Annual statistical returns and brief notes on vaccination in Bengal - 1887-1898
Year: 1887
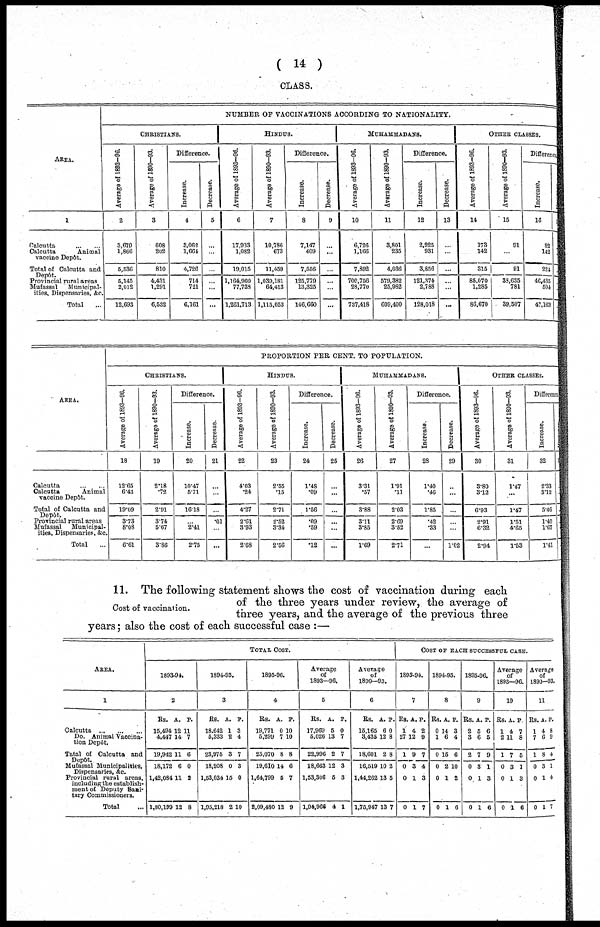
( 14 )
CLASS.
AREA.
1
Calcutta
...
...
Calcutta
Animal
vaccine Depôt.
Total of Calcutta and
Depôt.
Provincial rural areas
Mufassal
Municipal-
ities, Dispensaries, &c.
Total ...
NUMBER OF VACCINATIONS ACCORDING TO NATIONALITY.
CHRISTIANS.
Average of 1893-96.
2
3,670
1,866
5,536
5,145
2,012
12,693
Average of 1890—93.
3
608
202
810
4,431
1,291
6,532
Difference.
Increase.
4
3,062
1,664
4,726
714
721
6,161
Decrease.
5
...
...
...
...
...
...
HINDUS.
Average of 1893—96.
6
17,933
1,082
19,015
1,164,960
77,738
1,261,713
Average of 1890—93.
7
10,786
673
11,459
1,039,181
64,413
1,115,053
Difference.
Increase.
8
7,147
409
7,556
125,779
13,325
146,660
Decrease.
9
... ...
...
...
...
...
MUHAMMADANS.
Average of 1893—96.
10
6,726
1,166
7,892
700,756
28,770
737,418
Average of 1890—93.
11
3,801
235
4,036
579,382
25,982
609,400
Difference.
Increase.
12
2,925
931
3,856
121,374
2,788
128,018
Decrease.
13
...
...
...
...
...
...
OTHER CLASSES.
Average of 1893-96.
14
173
142
315
85,070
1,285
86,670
Average of 1890—93.
15
91
...
91
38,635
781
39,507
Difference
Increase.
16
83
142
224
46,435
504
47,163
AREA.
Calcutta
...
...
Calcutta
Animal
vaccine Depôt.
Total of Calcutta and
Depôt.
Provincial rural areas
Mufassal
Municipal-
ities, Dispensaries, &c.
Total
...
PROPORTION PER CENT. TO POPULATION.
CHRISTIANS.
Average of 1893—96.
18
12.65
6.43
19.09
3.73
8.08
6.61
Average of 1890—93.
19
2.18
.72
2.91
3.74
5.67
3.86
Difference.
Increase.
20
10.47
5.71
16.18
...
2.41
2.75
Decrease.
21
...
...
...
.01
...
...
HINDUS.
Average of 1893-96.
22
4.03
.24
4.27
2.61
3.93
2.68
Average of 1890—93.
23
2.55
.15
2.71
2.52
3.34
2.56
Difference.
Increase.
24
1.48
.09
1.66
.09
.59
.12
Decrease.
25
...
...
...
...
...
...
MUHAMMADANS.
Average of 1893—96.
26
3.31
.57
3.88
3.11
3.85
1.69
Average of 1890—93.
27
1.91
.11
2.03
2.69
3.52
2.71
Difference.
Increase.
28
1.40
.46
1.85
.42
.33
...
Decrease.
29
...
...
...
...
...
1.02
OTHER CLASSES.
Average of 1893—96.
30
8.80
3.12
6.93
2.91
6.32
2.94
Average of 1890—93.
31
1.47
...
1.47
1.51
4.65
1.53
Difference
Increase.
32
2.33
3.12
5.40
1.40
1.67
1.41
Cost of vaccination.
11. The following statement shows the cost of vaccination during each
of the three years under review, the average of
three years, and the average of the previous three
years; also the cost of each successful case :—
AREA.
1
Calcutta
...
...
...
Do. Animal Vaccina-
tion Depôt.
Tatal of Calcutta and
Depôt.
Mufassal Municipalities,
Dispensaries, &c.
Provincial rural areas,
including the establish-
ment of Deputy Sani-
tary Commissioners.
Total ...
TOTAL COST.
1893-94.
2
Rs.
15,494
4,447
19,942
18,172
1,42,084
1,80,199
A.
12
14
11
6
11
12
P.
11
7
6
0
2
8
1894-95.
3
Rs.
18,642
5,333
23,975
18,208
1,53,034
1,95,218
A.
1
2
3
0
15
2
P.
3
4
7
3
0
10
1895-96.
4
Rs.
19,771
5,299
25,070
19,610
1,64,799
2,09,480
A.
0
7
8
14
5
12
P.
10
10
8
6
7
9
Average
of
1893—96.
5
Rs.
17,969
6,026
22,996
18,663
1,53,306
1,04,966
A.
6
13
2
12
5
4
P.
0
7
7
3
3
1
Avevage
of
1890—93.
6
Rs.
15,165
3,435
18,601
16,519
1,44,262
1,75,947
A.
6
12
2
10
13
13
P.
0
8
8
2
5
7
COST OF EACH SUCCESSFUL CASE.
1895-94.
7
Rs.
1
27
1
0
0
0
A.
4
12
9
3
1
1
P.
2
9
7
4
3
7
1894-95.
8
Rs.
0
1
0
0
0
0
A.
14
6
15
2
1
1
P.
3
4
6
10
2
6
1895-96.
9
Rs.
2
8
2
0
0
0
A.
5
6
7
3
1
1
P.
6
5
9
1
3
6
Average
of
1893—96.
10
Rs.
1
2
1
0
0
0
A.
4
11
7
3
1
1
P.
7
8
5
1
3
6
Average
of
1890-93.
11
Rs.
1
7
1
0
0
0
A.
4
6
8
3
1
1
P.
8
9
4
1
4
7